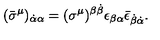
( \bar { \sigma } ^ { \mu } ) _ { \dot { \alpha } \alpha } = ( \sigma ^ { \mu } ) ^ { \beta \dot { \beta } } \epsilon _ { \beta \alpha } \bar { \epsilon } _ { \dot { \beta } \dot { \alpha } } .